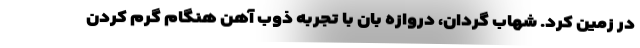
در زمین کرد. شهاب گردان، دروازه بان با تجربه ذوب آهن هنگام گرم کردن